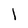
Character: l